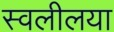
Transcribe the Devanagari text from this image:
स्वलीलया